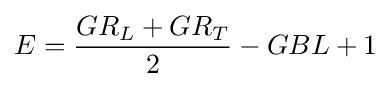
E={\frac {GR_{L}+GR_{T}}{2}}-GBL+1